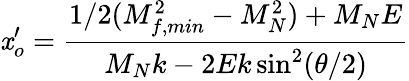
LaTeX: \mathit{x}_{o}^{\prime}=\frac{{1/2(M_{f,min}^{2}-M_{N}^{2})+M_{N}E}}{{M_{N}k-2Ek\sin^{2}(\theta/2)}}